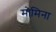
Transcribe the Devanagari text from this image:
मोमिना